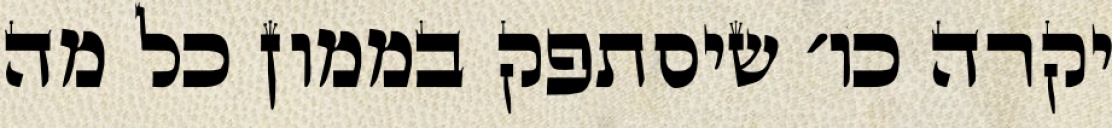
יקרה כו׳ שיסתפק בממון כל מה